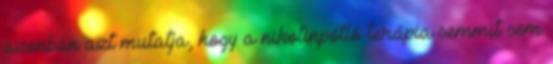
azonban azt mutatja, hogy a nikotinpótló terápia semmit sem